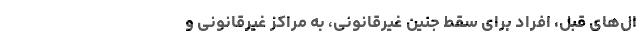
ال‌‌های قبل، افراد برای سقط جنین غیرقانونی، به مراکز غیرقانونی و